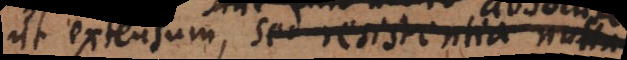
ut extensum, sed resistentia nulla